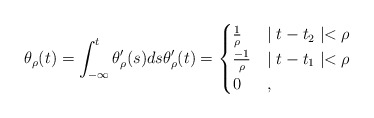
\begin{align*}\theta_\rho(t) = \int_{-\infty}^t \theta_\rho'(s) ds \theta_\rho'(t) = \begin{cases} \frac{1}{\rho} & \mid t - t_2 \mid < \rho \\\frac{-1}{\rho} & \mid t - t_1 \mid < \rho \\0 & ,\end{cases}\end{align*}